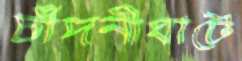
চাঁদনীঘাটে